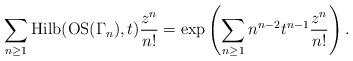
\begin{gather*}\sum_{n \ge 1} {\rm Hilb}({\rm OS}(\Gamma_n),t) {z^n \over n!}= \exp \left( \sum_{n \ge 1} n^{n-2} t^{n-1} {z^n \over n!} \right).\end{gather*}